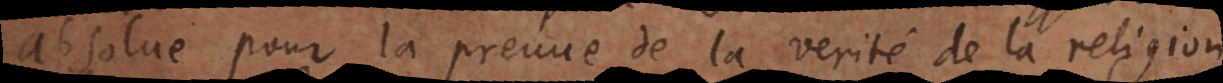
absolue pour la preuve de la verité de la religion